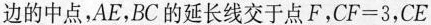
边的中点，AE，BC的延长线交于点F，$$CF=3$$，CE